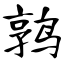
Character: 鹑